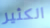
الكثير